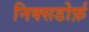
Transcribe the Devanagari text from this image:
निक्सडोर्फ़